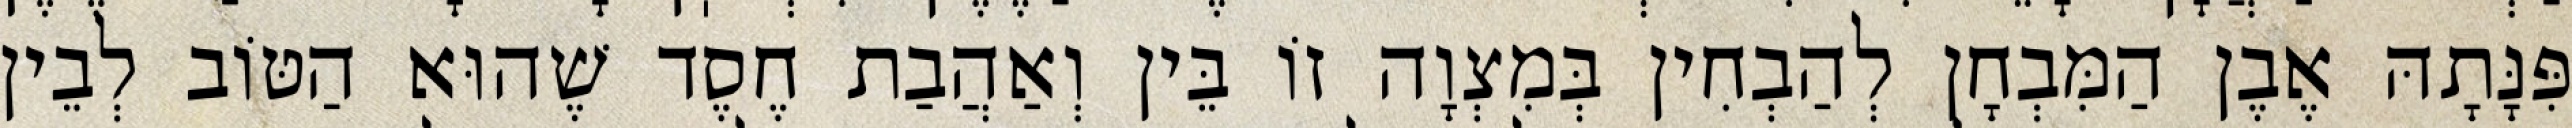
פִּנָּתָהּ אֶבֶן הַמִּבְחָן לְהַבְחִין בְּמִצְוָה זוֹ בֵּין וְאַהֲבַת חֶסֶד שֶׁהוּא הַטּוֹב לְבֵין